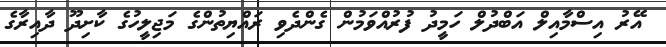
އޭރު އިސްމާއިލް އަބްދުލް ހަމީދު ފުރުއްވަމުން ގެންދެވި ރައްޔިތުންގެ މަޖިލީހުގެ ކާށިދޫ ދާއިރާގެ